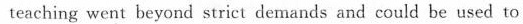
teaching went beyond strict demands and could be used to